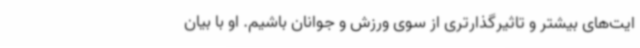
ایت‌های بیشتر و تاثیرگذارتری از سوی ورزش و جوانان باشیم. او با بیان